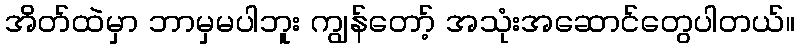
အိတ်ထဲမှာ ဘာမှမပါဘူး ကျွန်တော့် အသုံးအဆောင်တွေပါတယ်။